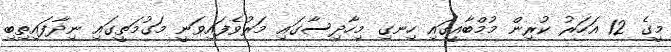
މީގެ 12 އަހަރު ކުރިން މުމްބާއީގައި ހިނގި މިހާދިސާގައި މަރުވެފައިވަނީ މަގުމަތީގައި ނިދާފައިތިބި